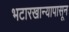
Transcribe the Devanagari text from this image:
भटारखान्यापासून